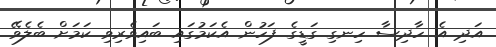
އަދި އެ ހާދިސާ ހިނގި ގަޑީގެ ފަހުން އެކަމުގައި ބައިވެރިވި ކަމަށް ބެލެވޭ